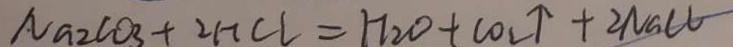
N a _ { 2 } C O _ { 3 } + 2 H C l = H _ { 2 } O + C O _ { 2 } \uparrow + 2 N a C l